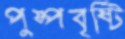
পুষ্পবৃষ্টি